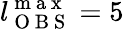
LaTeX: l_{\mathrm{~O~B~S~}}^{\mathrm{~m~a~x~}}=5